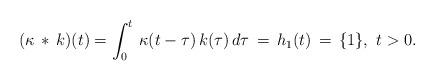
LaTeX: \begin{align*}(\kappa \, *\, k )(t) = \int_0^t \, \kappa(t-\tau)\, k(\tau)\, d\tau\, = \, h_1(t)\,= \, \{1\},\ t>0. \end{align*}